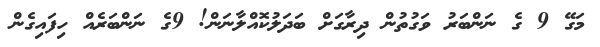
މަގޭ 9 ގެ ނަންބަރު ވަގުތުން ދިރާގަށް ބަދަލުކޮއްލާނަން! 9ގެ ނަންބަރެއް ހިފައިގެން